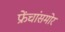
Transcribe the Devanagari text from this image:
फ्रेंचांसमोर